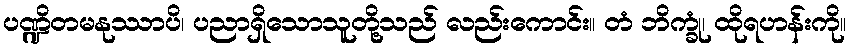
ပဏ္ဍိတမနုဿာပိ၊ ပညာရှိသောသူတို့သည် လည်းကောင်း။ တံ ဘိက္ခုံ၊ ထိုရဟန်းကို။